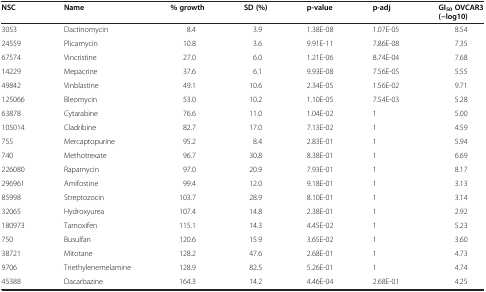
<table><thead><tr><td><b>NSC</b></td><td><b>Name</b></td><td><b>% growth</b></td><td><b>SD (%)</b></td><td><b>p-value</b></td><td><b>p-adj</b></td><td><b>GI<sub>50</sub>OVCAR3 (−log10)</b></td></tr></thead><tbody><tr><td>3053</td><td>Dactinomycin</td><td>8.4</td><td>3.9</td><td>1.38E-08</td><td>1.07E-05</td><td>8.54</td></tr><tr><td>24559</td><td>Plicamycin</td><td>10.8</td><td>3.6</td><td>9.91E-11</td><td>7.86E-08</td><td>7.35</td></tr><tr><td>67574</td><td>Vincristine</td><td>27.0</td><td>6.0</td><td>1.21E-06</td><td>8.74E-04</td><td>7.68</td></tr><tr><td>14229</td><td>Mepacrine</td><td>37.6</td><td>6.1</td><td>9.93E-08</td><td>7.56E-05</td><td>5.55</td></tr><tr><td>49842</td><td>Vinblastine</td><td>49.1</td><td>10.6</td><td>2.34E-05</td><td>1.56E-02</td><td>9.71</td></tr><tr><td>125066</td><td>Bleomycin</td><td>53.0</td><td>10.2</td><td>1.10E-05</td><td>7.54E-03</td><td>5.28</td></tr><tr><td>63878</td><td>Cytarabine</td><td>76.6</td><td>11.0</td><td>1.04E-02</td><td>1</td><td>5.00</td></tr><tr><td>105014</td><td>Cladribine</td><td>82.7</td><td>17.0</td><td>7.13E-02</td><td>1</td><td>4.59</td></tr><tr><td>755</td><td>Mercaptopurine</td><td>95.2</td><td>8.4</td><td>2.83E-01</td><td>1</td><td>5.94</td></tr><tr><td>740</td><td>Methotrexate</td><td>96.7</td><td>30.8</td><td>8.38E-01</td><td>1</td><td>6.69</td></tr><tr><td>226080</td><td>Rapamycin</td><td>97.0</td><td>20.9</td><td>7.93E-01</td><td>1</td><td>8.17</td></tr><tr><td>296961</td><td>Amifostine</td><td>99.4</td><td>12.0</td><td>9.18E-01</td><td>1</td><td>3.13</td></tr><tr><td>85998</td><td>Streptozocin</td><td>103.7</td><td>28.9</td><td>8.10E-01</td><td>1</td><td>3.14</td></tr><tr><td>32065</td><td>Hydroxyurea</td><td>107.4</td><td>14.8</td><td>2.38E-01</td><td>1</td><td>2.92</td></tr><tr><td>180973</td><td>Tamoxifen</td><td>115.1</td><td>14.3</td><td>4.45E-02</td><td>1</td><td>5.23</td></tr><tr><td>750</td><td>Busulfan</td><td>120.6</td><td>15.9</td><td>3.65E-02</td><td>1</td><td>3.60</td></tr><tr><td>38721</td><td>Mitotane</td><td>128.2</td><td>47.6</td><td>2.68E-01</td><td>1</td><td>4.73</td></tr><tr><td>9706</td><td>Triethylenemelamine</td><td>128.9</td><td>82.5</td><td>5.26E-01</td><td>1</td><td>4.74</td></tr><tr><td>45388</td><td>Dacarbazine</td><td>164.3</td><td>14.2</td><td>4.46E-04</td><td>2.68E-01</td><td>4.25</td></tr></tbody></table>